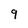
Character: 9